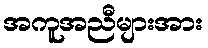
အကူအညီများအား